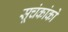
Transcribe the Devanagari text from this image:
सूचंकांकों